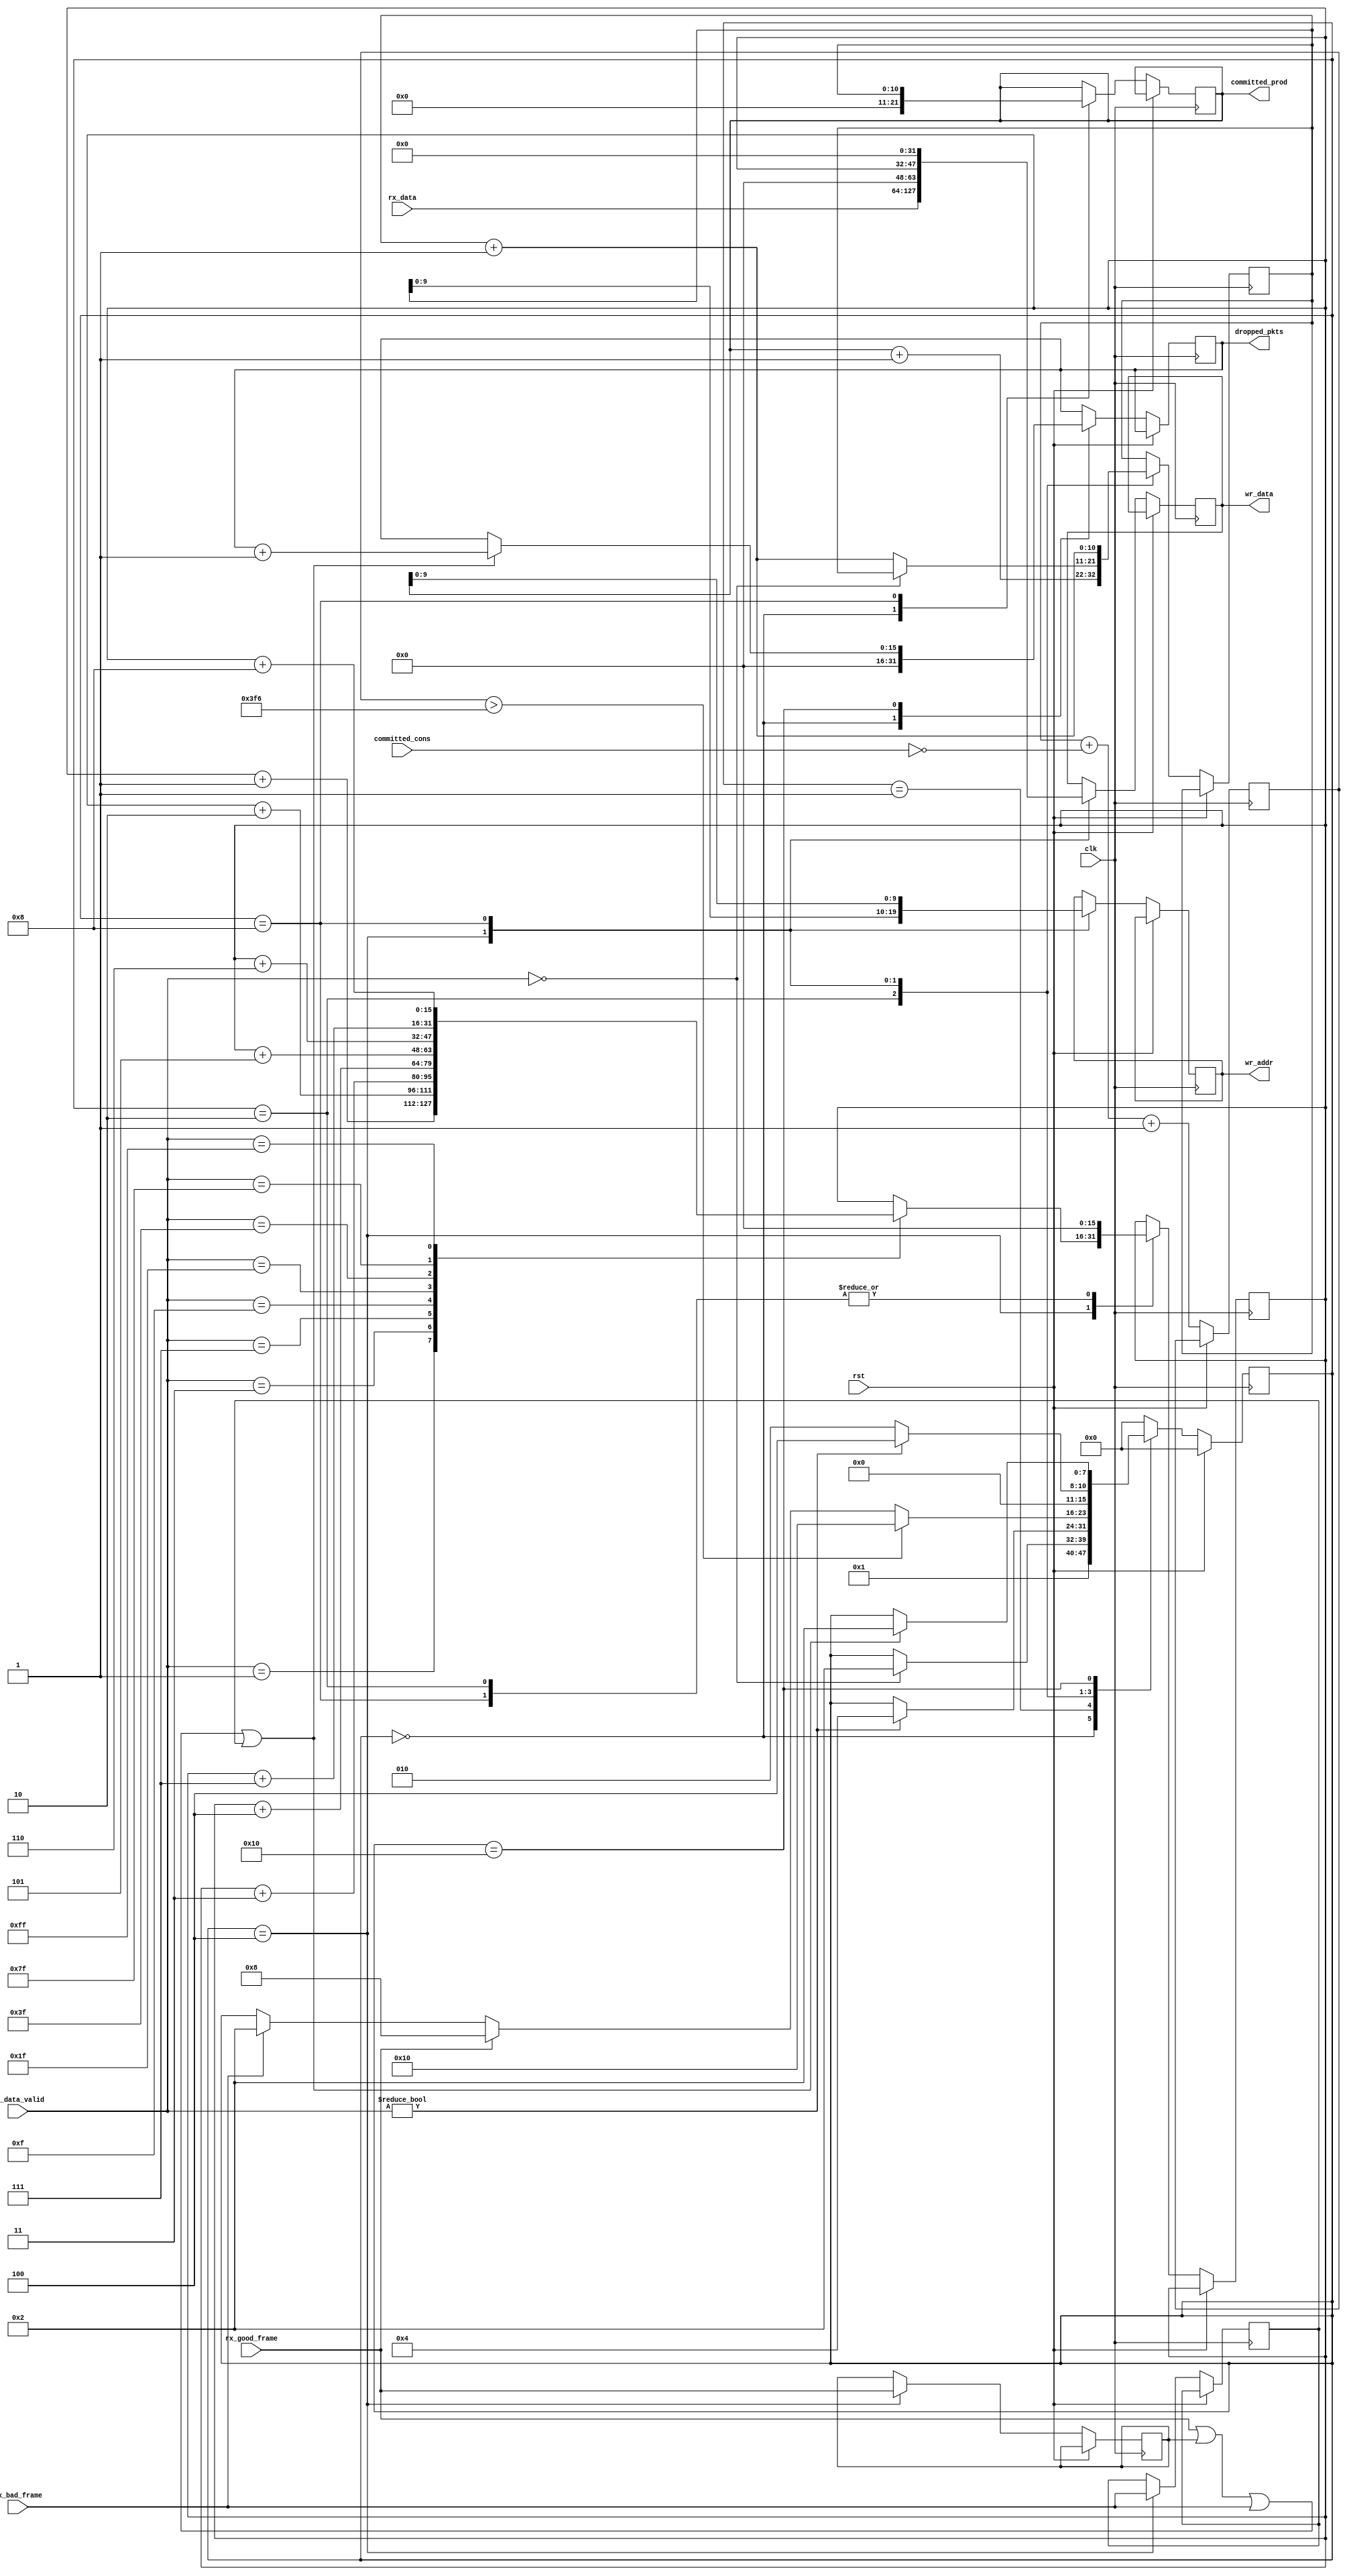
/*******************************************************************************
*
*  NetFPGA-10G http://www.netfpga.org
*
*  File:
*        mac2ibuf.v
*
*  Project:
*
*
*  Author:
*        Marco Forconesi
*
*  Description:
*        Eth frames 2 internal buff
*
*
*    This code is initially developed for the Network-as-a-Service (NaaS) project.
*
*  Copyright notice:
*        Copyright (C) 2014 University of Cambridge
*
*  Licence:
*        This file is part of the NetFPGA 10G development base package.
*
*        This file is free code: you can redistribute it and/or modify it under
*        the terms of the GNU Lesser General Public License version 2.1 as
*        published by the Free Software Foundation.
*
*        This package is distributed in the hope that it will be useful, but
*        WITHOUT ANY WARRANTY; without even the implied warranty of
*        MERCHANTABILITY or FITNESS FOR A PARTICULAR PURPOSE.  See the GNU
*        Lesser General Public License for more details.
*
*        You should have received a copy of the GNU Lesser General Public
*        License along with the NetFPGA source package.  If not, see
*        http://www.gnu.org/licenses/.
*
*/

//////////////////////////////////////////////////////////////////////////////////////////////
//////////////////////////////////////////////////////////////////////////////////////////////
`timescale 1ns / 1ps
//`default_nettype none

module mac2ibuf # (
    parameter BW = 10
    ) (

    input                    clk,
    input                    rst,

    // MAC rx
    input        [63:0]      rx_data,
    input        [7:0]       rx_data_valid,
    input                    rx_good_frame,
    input                    rx_bad_frame,

    // ibuf
    output reg   [BW-1:0]    wr_addr,
    output reg   [63:0]      wr_data,

    // fwd logic
    output reg   [BW:0]      committed_prod,
    input        [BW:0]      committed_cons,
    output reg   [15:0]      dropped_pkts
    );

    // localparam
    localparam s0 = 8'b00000000;
    localparam s1 = 8'b00000001;
    localparam s2 = 8'b00000010;
    localparam s3 = 8'b00000100;
    localparam s4 = 8'b00001000;
    localparam s5 = 8'b00010000;
    localparam s6 = 8'b00100000;
    localparam s7 = 8'b01000000;
    localparam s8 = 8'b10000000;

    localparam MAX_DIFF = (2**BW) - 10;

    //-------------------------------------------------------
    // Local mac2ibuf
    //-------------------------------------------------------
    reg          [7:0]       rx_fsm;
    reg          [15:0]      len;
    reg          [BW:0]      ax_wr_addr;
    reg          [BW:0]      diff;
    reg          [7:0]       rx_data_valid_reg;
    reg                      rx_good_frame_reg;
    reg                      rx_bad_frame_reg;

    ////////////////////////////////////////////////
    // Inbound ethernet frame to ibuf
    ////////////////////////////////////////////////
    always @(posedge clk) begin

        if (rst) begin  // rst
            rx_fsm <= s0;
        end
        
        else begin  // not rst
            
            diff <= ax_wr_addr + (~committed_cons) +1;

            case (rx_fsm)

                s0 : begin
                    committed_prod <= 'b0;
                    dropped_pkts <= 'b0;
                    rx_fsm <= s1;
                end

                s1 : begin
                    if (!rx_data_valid) begin      // wait eof if any ongoing
                        rx_fsm <= s2;
                    end
                end

                s2 : begin                                  // configure mac core to present preamble and save the packet timestamp
                    len <= 'b0;
                    ax_wr_addr <= committed_prod +1;
                    if (rx_data_valid) begin      // wait for sof (preamble)
                        rx_fsm <= s3;
                    end
                end

                s3 : begin
                    wr_data <= rx_data;
                    wr_addr <= ax_wr_addr;
                    ax_wr_addr <= ax_wr_addr +1;

                    rx_data_valid_reg <= rx_data_valid;
                    rx_good_frame_reg <= rx_good_frame;
                    rx_bad_frame_reg <= rx_bad_frame;
                    
                    case (rx_data_valid)
                        8'b00000000 : begin
                            len <= len;
                            ax_wr_addr <= ax_wr_addr;
                        end
                        8'b00000001 : begin
                            len <= len + 1;
                        end
                        8'b00000011 : begin
                            len <= len + 2;
                        end
                        8'b00000111 : begin
                            len <= len + 3;
                        end
                        8'b00001111 : begin
                            len <= len + 4;
                        end
                        8'b00011111 : begin
                            len <= len + 5;
                        end
                        8'b00111111 : begin
                            len <= len + 6;
                        end
                        8'b01111111 : begin
                            len <= len + 7;
                        end
                        8'b11111111 : begin
                            len <= len + 8;
                        end
                    endcase

                    if (diff > MAX_DIFF) begin           // ibufer is almost full
                        rx_fsm <= s5;
                    end
                    else if (rx_good_frame) begin        // eof (good frame)
                        rx_fsm <= s4;
                    end
                    else if (rx_bad_frame) begin
                        rx_fsm <= s2;
                    end
                end

                s4 : begin
                    wr_data <= {1'b0, 15'b0, len, 32'b0};
                    wr_addr <= committed_prod;

                    committed_prod <= ax_wr_addr;                      // commit the packet
                    ax_wr_addr <= ax_wr_addr +1;
                    len <= 'b0;

                    if (rx_data_valid) begin        // sof (preamble)
                        rx_fsm <= s3;
                    end
                    else begin
                        rx_fsm <= s2;
                    end
                end
                
                s5 : begin                                  // drop current frame
                    if (rx_good_frame || rx_good_frame_reg || rx_bad_frame  || rx_bad_frame_reg) begin
                        dropped_pkts <= dropped_pkts +1; 
                        rx_fsm <= s2;
                    end
                end

                default : begin 
                    rx_fsm <= s0;
                end

            endcase
        end     // not rst
    end  //always

endmodule // mac2ibuf

//////////////////////////////////////////////////////////////////////////////////////////////
//////////////////////////////////////////////////////////////////////////////////////////////